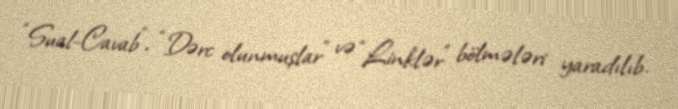
“Sual-Cavab”, “Dərc olunmuşlar” və “Linklər” bölmələri yaradılıb.